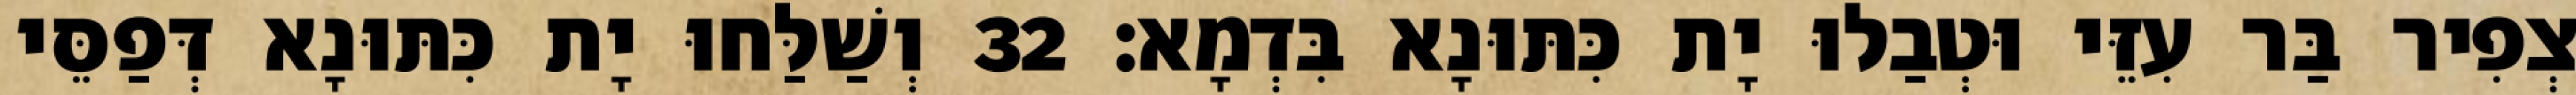
צְפִיר בַּר עִזֵּי וּטְבַלוּ יָת כִּתּוּנָא בִּדְמָא׃ 32 וְשַׁלַּחוּ יָת כִּתּוּנָא דְּפַסֵּי